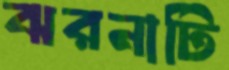
ঝরনাটি